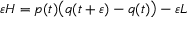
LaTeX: \varepsilon H = p ( t ) { \big ( } q ( t + \varepsilon ) - q ( t ) { \big ) } - \varepsilon L